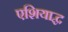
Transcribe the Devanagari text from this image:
एशियाद्ध